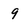
Character: 9